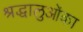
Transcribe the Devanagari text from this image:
श्रद्धालुओंका